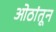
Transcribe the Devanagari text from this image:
ओठांतून